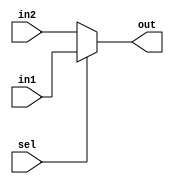
module mux8(sel,in1,in2,out);
  input sel;
  input [7:0] in1;
  input [7:0] in2;
  output [7:0] out;
  assign out = sel?in1:in2;
endmodule